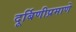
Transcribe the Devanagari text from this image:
दूर्बिणीप्रमाणे